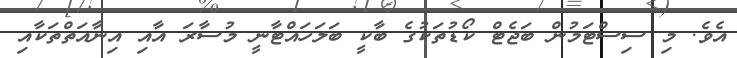
އެވެ. މި ސިސްޓަމުން ބަޖެޓް ކޯޑުތަކުގެ ބާކީ ބަލަހައްޓާނީ މުސާރަ އާއި އިނާއަތްތަކާއި